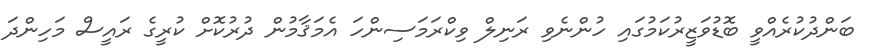
ބަންދުކުރެއްވީ ބޮޑުވަޒީރުކަމުގައި ހުންނެވި ރަނިލް ވިކްރަމަސިންހަ އެމަޤާމުން ދުރުކޮށް ކުރީގެ ރައީސް މަހިންދަ